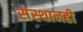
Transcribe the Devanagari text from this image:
संस्थानही